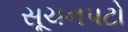
સૂચનપટો